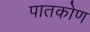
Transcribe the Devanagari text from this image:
पातकोण